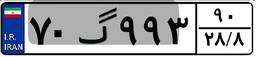
۸۸گ۳۱۴۹۵